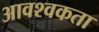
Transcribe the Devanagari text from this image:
आवश्वकता